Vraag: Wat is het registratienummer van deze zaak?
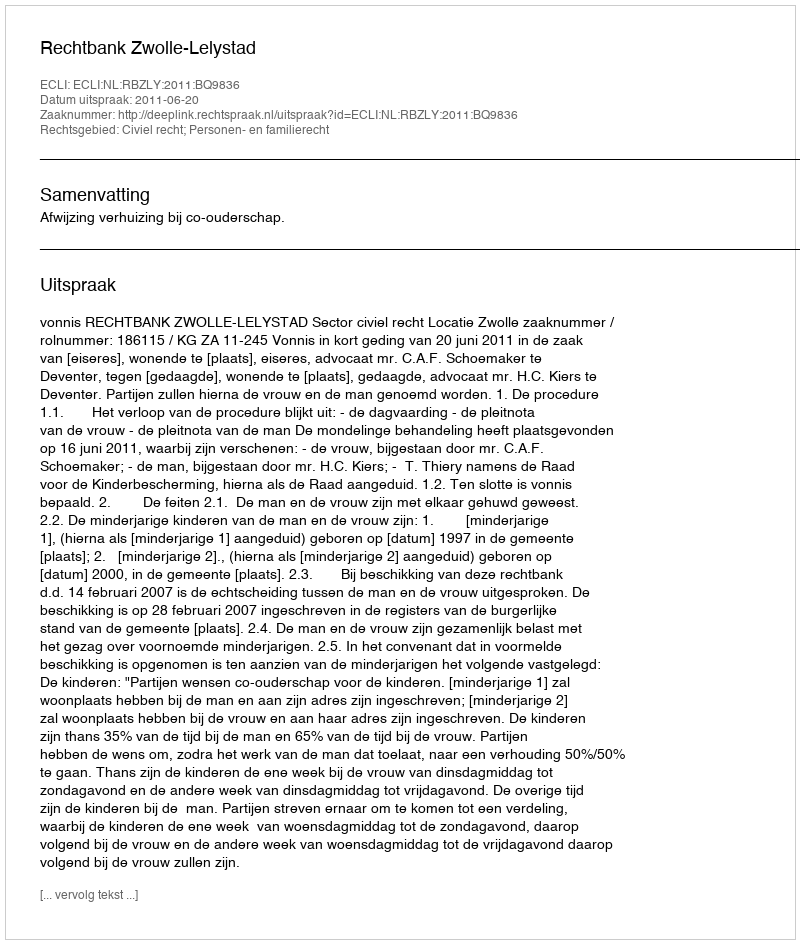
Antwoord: http://deeplink.rechtspraak.nl/uitspraak?id=ECLI:NL:RBZLY:2011:BQ9836